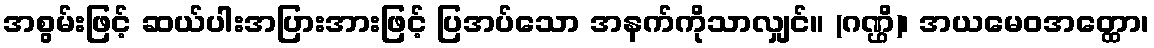
အစွမ်းဖြင့် ဆယ်ပါးအပြားအားဖြင့် ပြအပ်သော အနက်ကိုသာလျှင်။ (ဂဏ္ဌိ)၊ အယမေဝအတ္ထော၊